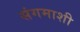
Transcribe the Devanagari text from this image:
संगमाशी